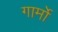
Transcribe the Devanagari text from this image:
गार्मो